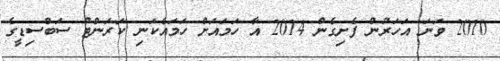
2010 ވަނަ އަހަރުން ފެށިގެން 2014 އާ ހަމައަށް ހަމައެކަނި ކަރަންޓު ސަބްސިޑީގެ